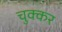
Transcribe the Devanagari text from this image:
चुक्कर